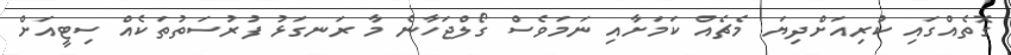
ގޮތެއްގައި ކުރިއަށްދިޔަ މެޗެއް ކަމަށާއި ނަމަވެސް ގޯލްޖަހާނެ މާ ރަނގަޅު ފުރުސަތުތަކެއް ސިޓީއަށް